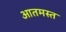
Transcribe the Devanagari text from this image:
आतमस्त